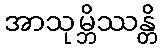
အာသုမ္ဘိဿန္တိ